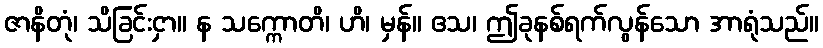
ဇာနိတုံ၊ သိခြင်းငှာ။ န သက္ကောတိ၊ ဟိ၊ မှန်။ ဧသ၊ ဤခုနစ်ရက်လွန်သော အာရုံသည်။